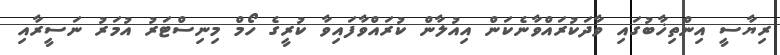
ރިޔާސީ އިންތިޚާބުގައި ވާދަކުރައްވާނެކަން އިއުލާން ކުރައްވާފައިވާ ކުރީގެ ހޯމް މިނިސްޓަރު އުމަރު ނަސީރާއި